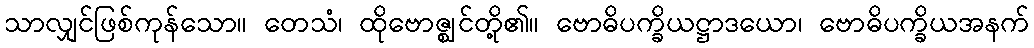
သာလျှင်ဖြစ်ကုန်သော။ တေသံ၊ ထိုဗောဇ္ဈင်တို့၏။ ဗောဓိပက္ခိယဋ္ဌာဒယော၊ ဗောဓိပက္ခိယအနက်